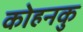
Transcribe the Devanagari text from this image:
कोहनकु